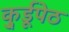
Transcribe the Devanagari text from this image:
कु्र्डूपेठ